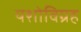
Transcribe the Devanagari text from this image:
यशोविग्रह